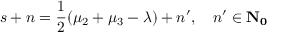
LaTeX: s + n = \frac { 1 } { 2 } ( \mu _ { 2 } + \mu _ { 3 } - \lambda ) + n ^ { \prime } , \quad n ^ { \prime } \in \bf { N } _ { 0 }